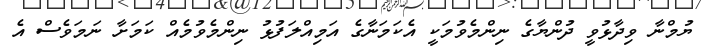
ޔުމްނާ ވިދާޅުވީ ދުންޔާގެ ނިންމެވުމަކީ އެކަމަނާގެ އަމިއްލަފުޅު ނިންމެވުމެއް ކަމަށާ ނަމަވެސް އެ